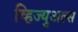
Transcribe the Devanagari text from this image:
व्हिज्युअल्स